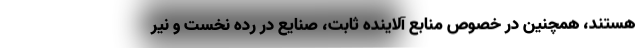
هستند، همچنین در خصوص منابع آلاینده ثابت، صنایع در رده نخست و نیر